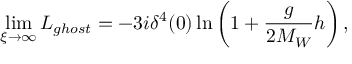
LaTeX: \operatorname * { l i m } _ { \xi \to \infty } { \cal L } _ { g h o s t } = - 3 i \delta ^ { 4 } ( 0 ) \ln \left( 1 + \frac { g } { 2 M _ { W } } h \right) ,